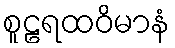
စူဠရထဝိမာနံ